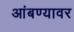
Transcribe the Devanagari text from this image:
आंबण्यावर